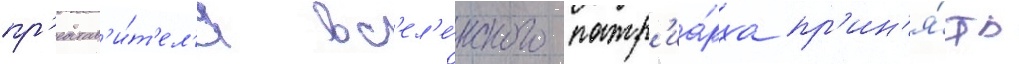
пр'едстав'и́т'ел'я вс'ел'е́нского патр'иа́рха пр'ин'я́ть